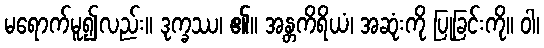
မရောက်မူ၍လည်း။ ဒုက္ခဿ၊ ၏။ အန္တကိရိယံ၊ အဆုံးကို ပြုခြင်းကို။ ဝါ၊